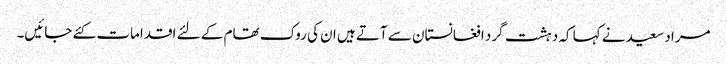
مراد سعید نے کہا کہ دہشت گرد افغانستان سے آتے ہیں ان کی روک تھام کے لئے اقدامات کئے جائیں۔